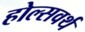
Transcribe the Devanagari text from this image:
होल्सवर्थ